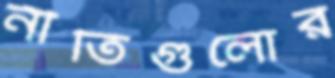
নীতিগুলোর